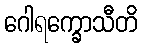
ဂေါရက္ခောသီတိ